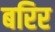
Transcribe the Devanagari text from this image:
बरिर